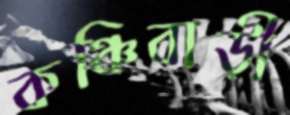
কঞ্চিবাড়ী